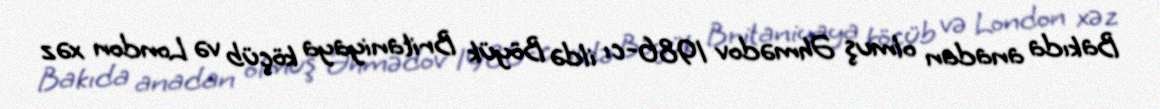
Bakıda anadan olmuş Əhmədov 1986-cı ildə Böyük Britaniyaya köçüb və London xəz